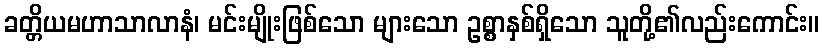
ခတ္တိယမဟာသာလာနံ၊ မင်းမျိုးဖြစ်သော များသော ဥစ္စာနှစ်ရှိသော သူတို့၏လည်းကောင်း။